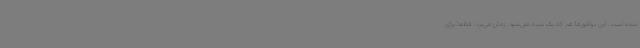
شده است. این توافق‌ها هم که یک شبه نمی‌شود. زمان می‌برد. قطعا برای